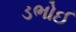
ડભોઈ